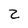
Character: Z